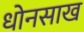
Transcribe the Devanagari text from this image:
धोनसाख